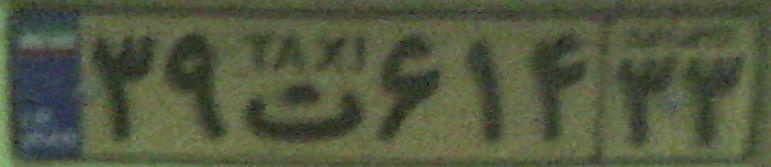
۳۹ت۶۱۴۳۳